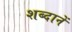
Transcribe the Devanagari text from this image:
शब्दानें